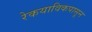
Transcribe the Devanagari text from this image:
रेकयाविकपासून